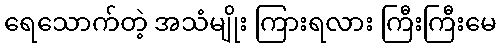
ရေသောက်တဲ့ အသံမျိုး ကြားရလား ကြီးကြီးမေ